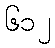
၆၁၂